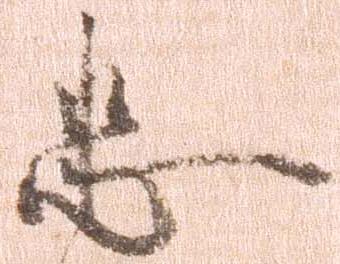
忠